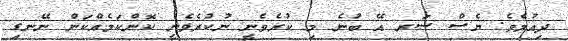
ދިއުމެވެ. ޔެސް ސަރ އޭ ބުނެ މި ކުރެވެނީ ނުކުރެވެނީ ކޮންކަމެއްކަން ނޭނގި